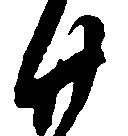
廿